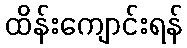
ထိန်းကျောင်းရန်